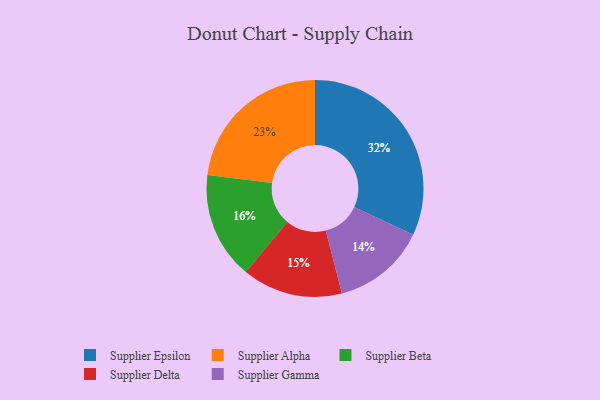
{"axis": {"x": "Category", "y": "Percentage"}, "legend": ["Supplier Alpha", "Supplier Beta", "Supplier Delta", "Supplier Epsilon", "Supplier Gamma"], "data": [{"x": "Supplier Beta", "y": 16, "type": "Supplier Beta"}, {"x": "Supplier Epsilon", "y": 32, "type": "Supplier Epsilon"}, {"x": "Supplier Delta", "y": 15, "type": "Supplier Delta"}, {"x": "Supplier Gamma", "y": 14, "type": "Supplier Gamma"}, {"x": "Supplier Alpha", "y": 23, "type": "Supplier Alpha"}]}